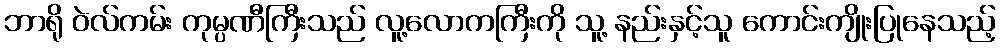
ဘာရို ဝဲလ်ကမ်း ကုမ္ပဏီကြီးသည် လူ့လောကကြီးကို သူ့ နည်းနှင့်သူ ကောင်းကျိုးပြုနေသည့်